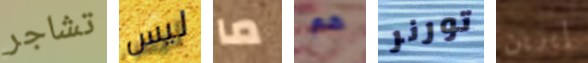
تشاجر ليس ما هم تورنر إيرين